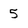
Character: 5